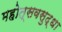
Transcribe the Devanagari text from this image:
महोत्सवसुद्धा